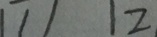
1 1 1 1 2